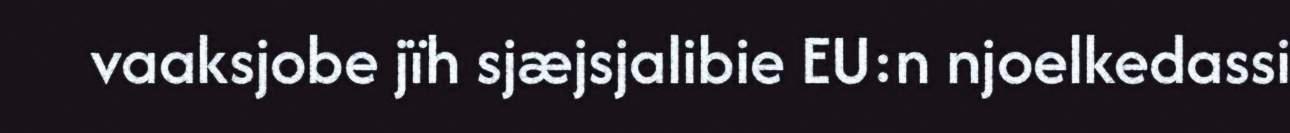
vaaksjobe jïh sjæjsjalibie EU:n njoelkedassi